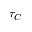
\tau _ { C }